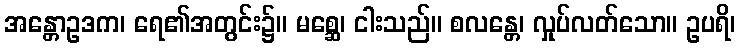
အန္တောဥဒက၊ ရေ၏အတွင်း၌။ မစ္ဆေ၊ ငါးသည်။ စလန္တေ၊ လှုပ်လတ်သော။ ဥပရိ၊